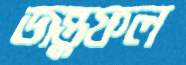
জন্তুফল